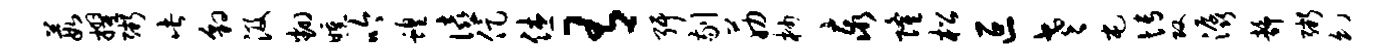
葭擢粥此豹汲翻曛吟蝗僖促休有弭剔筋杪泰隆松叵老屯博攻潺静粥幻